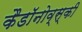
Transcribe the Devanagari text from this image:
कैडाॅनोव्स्की